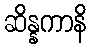
ဆိန္နကာနိ